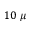
1 0 ~ \mu